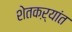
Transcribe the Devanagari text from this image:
शेतकऱ्यांत